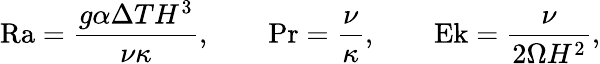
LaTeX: \textrm{Ra}=\frac{g\alpha\Delta TH^{3}}{\nu\kappa},\qquad\textrm{Pr}=\frac{\nu}{\kappa},\qquad\textrm{Ek}=\frac{\nu}{2\Omega H^{2}},